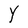
Character: Y